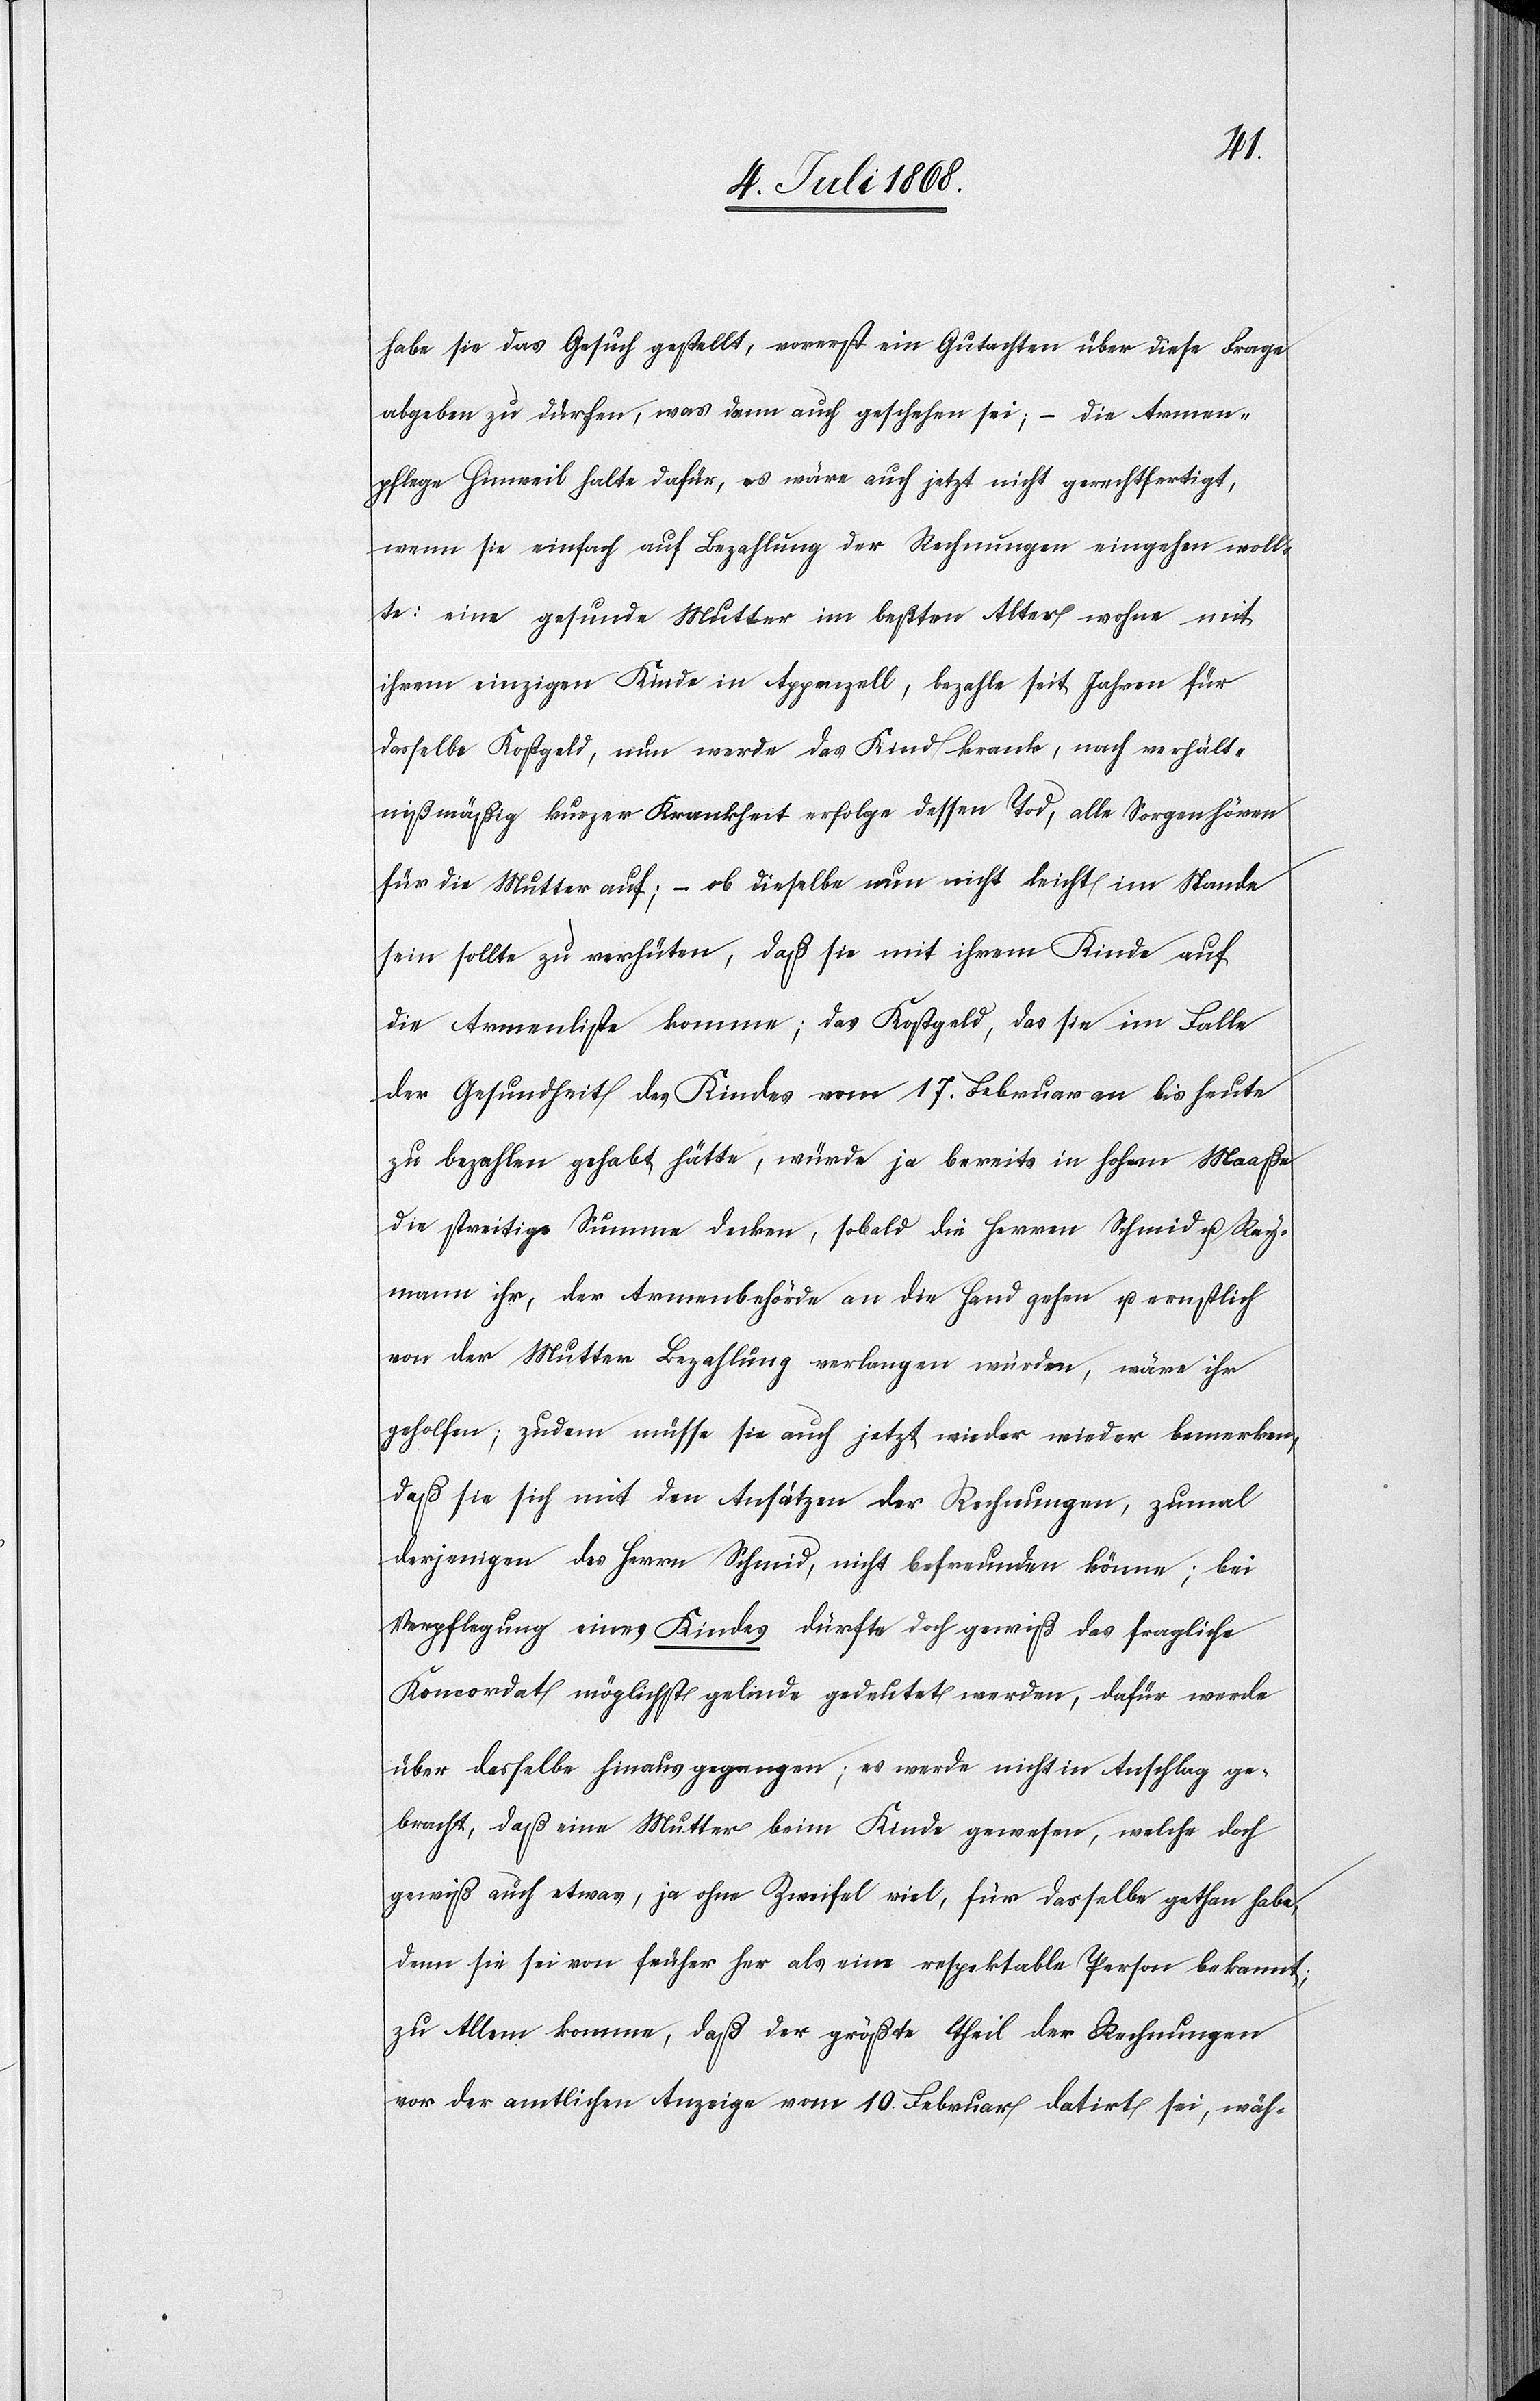
habe sie das Gesuch gestellt, vorerst ein Gutachten über diese Frage
abgeben zu dürfen, was dann auch geschehen sei; – die Armen¬
pflege Hinweil halte dafür, es wäre auch jetzt nicht gerechtfertigt,
wenn sie einfach auf Bezahlung der Rechnungen eingehen woll¬
te: eine gesunde Mutter im beßten Alter wohne mit
ihrem einzigen Kinde in Appenzell, bezahle seit Jahren für
dasselbe Kostgeld, nun werde das Kind krank, nach verhält¬
nißmäßig kurzer Krankheit erfolge dessen Tod, alle Sorgen hören
für die Mutter auf; – ob dieselbe nun nicht leicht im Stande
sein sollte zu verhüten, daß sie mit ihrem Kinde auf
die Armenliste komme; das Kostgeld, das sie im Falle
der Gesundheit des Kindes vom 17. Februar an bis heute
zu bezahlen gehabt hätte, würde ja bereits in hohem Maaße
die streitige Summe decken, sobald die Herren Schmid u. Ray¬
mann ihr, der Armenbehörde an die Hand gehen u. ernstlich
von der Mutter Bezahlung verlangen würden, wäre ihr
geholfen; zudem müsse sie auch jetzt wieder wieder [sic!] bemerken,
daß sie sich mit den Ansätzen der Rechnungen, zumal
derjenigen des Herrn Schmid, nicht befreunden könne; bei
Verpflegung eines Kindes dürfte doch gewiß das fragliche
Koncordat möglichst gelinde gedeutet werden, dafür werde
über dasselbe hinaus gegangen; es werde nicht in Anschlag ge¬
bracht, daß eine Mutter beim Kinde gewesen, welche doch
gewiß auch etwas, ja ohne Zweifel viel, für dasselbe gethan habe,
denn sie sei von früher her als eine respektable Person bekannt;
zu Allem komme, daß der größte Theil der Rechnungen
vor der amtlichen Anzeige vom 10. Februar datirt sei, wäh-